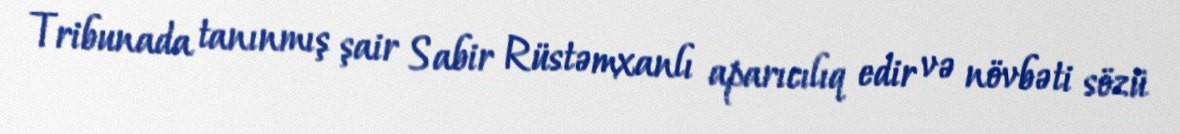
Tribunada tanınmış şair Sabir Rüstəmxanlı aparıcılıq edir və növbəti sözü